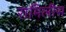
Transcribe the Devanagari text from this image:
रामिलीस